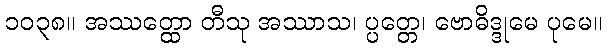
၁၀၃၈။ အဿတ္ထော တီသု အဿာသ၊ ပ္ပတ္တေ၊ ဗောဓိဒ္ဒုမေ ပုမေ။